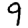
Digit: 9